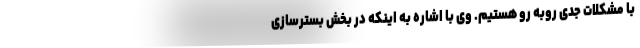
با مشکلات جدی روبه رو هستیم. وی با اشاره به اینکه در بخش بسترسازی